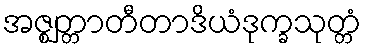
အဇ္ဈတ္တာတီတာဒိယံဒုက္ခသုတ္တံ